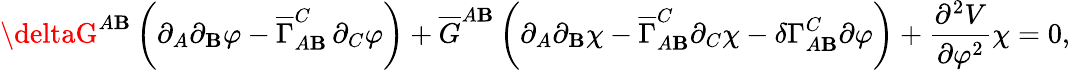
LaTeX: \deltaG^{A\mathbf{B}}\, \biggl(\partial_{A}\partial_{\mathbf{B}}\varphi-\overline{{{{\Gamma}}}}_{A\mathbf{B}}^{C}\, \partial_{C}\varphi\biggr)+\overline{{{{G}}}}^{A\mathbf{B}}\, \biggl(\partial_{A}\partial_{\mathbf{B}}\chi-\overline{{{{\Gamma}}}}_{A\mathbf{B}}^{C}\partial_{C}\chi-\delta\Gamma_{A\mathbf{B}}^{C}\partial\varphi\biggr)+\frac{{\partial^{2}V}}{{\partial\varphi^{2}}}\chi=0,